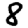
Digit: 8